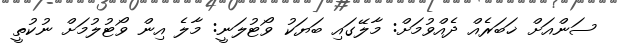
ސަންއަށް ޚަބަރެއް ދެއްވުމަށް: މާލޭގައި ބަޔަކު ވޯޓުލަނީ: މާލެ އިން ވޯޓުލުމަށް ނުކުތީ